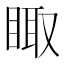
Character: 𰥫